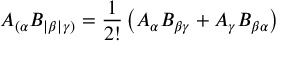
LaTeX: A _ { ( \alpha } B _ { | \beta | } { } _ { \gamma ) } = { \frac { 1 } { 2 ! } } \left( A _ { \alpha } B _ { \beta \gamma } + A _ { \gamma } B _ { \beta \alpha } \right)